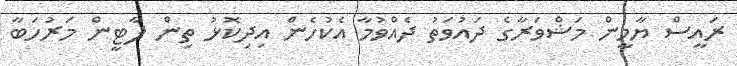
ރައީސް ޔާމީން މަޝްވަރާގެ ދައުވަތު ދެއްވުމާ އެކުހެން އިދިކޮޅު ތިން ޕާޓީން މަރުހަބާ